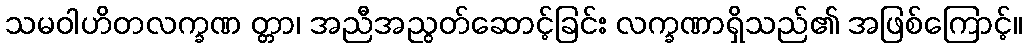
သမဝါဟိတလက္ခဏ တ္တာ၊ အညီအညွတ်ဆောင့်ခြင်း လက္ခဏာရှိသည်၏ အဖြစ်ကြောင့်။